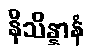
နိသိန္နာနံ